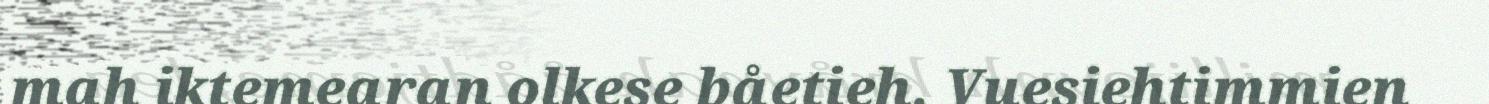
mah iktemearan olkese båetieh. Vuesiehtimmien